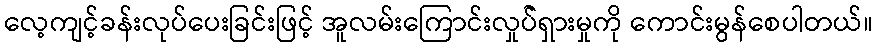
လေ့ကျင့်ခန်းလုပ်ပေးခြင်းဖြင့် အူလမ်းကြောင်းလှုပ််ရှားမှုကို ကောင်းမွန်စေပါတယ်။